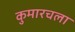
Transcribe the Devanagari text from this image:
कुमारचला